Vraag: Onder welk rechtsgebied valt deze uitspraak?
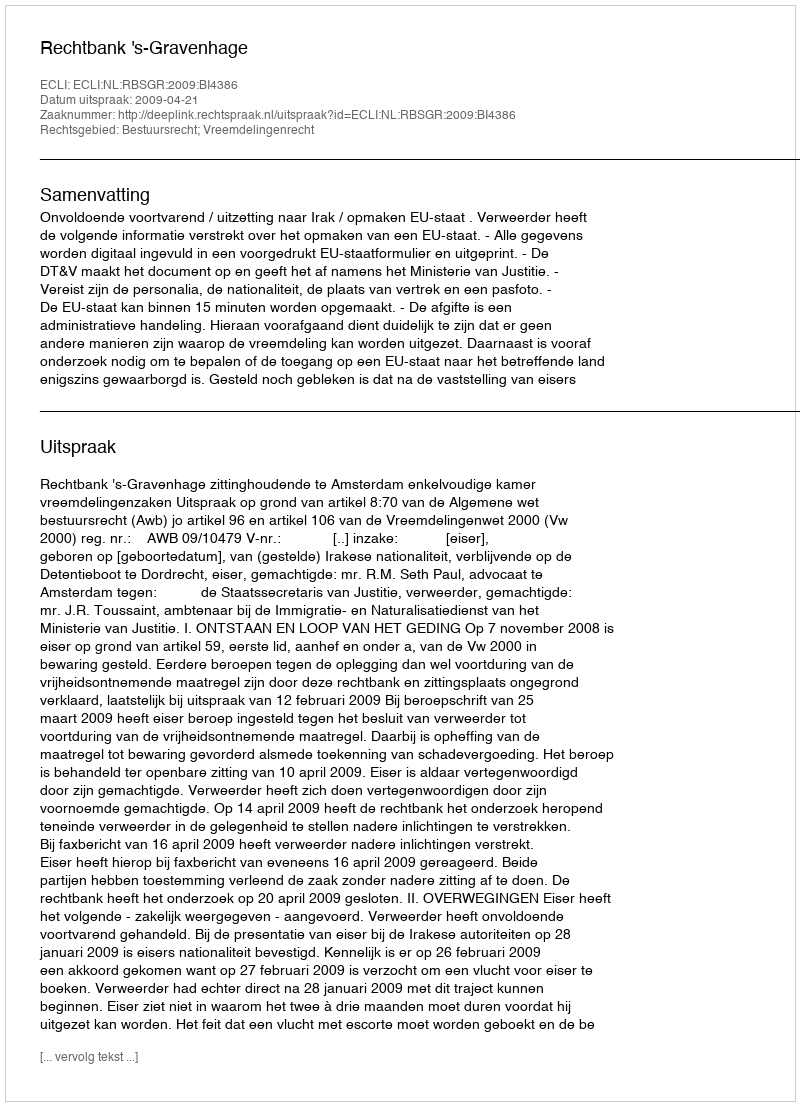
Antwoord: Bestuursrecht; Vreemdelingenrecht